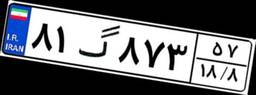
۸۱گ۸۷۳۵۷